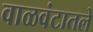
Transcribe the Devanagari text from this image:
वाळवंटातले